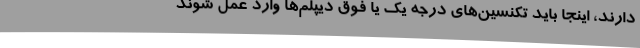
دارند، اینجا باید تکنسین‌های درجه یک یا فوق دیپلم‌ها وارد عمل شوند